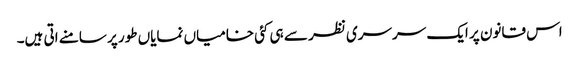
اس قانون پر ایک سرسری نظر سے ہی کئی خامیاں نمایاں طور پر سامنے اتی ہیں۔